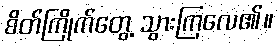
စိတ်ကြိုက်တွေ့ သွားကြလေ၏။